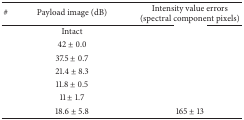
<table><thead><tr><td><b>#</b></td><td><b>Payload image (dB)</b></td><td><b>Intensity value errors (spectral component pixels)</b></td></tr></thead><tbody><tr><td>[EMPTY_CELL]</td><td>Intact</td><td>[EMPTY_CELL]</td></tr><tr><td>[EMPTY_CELL]</td><td>42 ± 0.0</td><td>[EMPTY_CELL]</td></tr><tr><td>[EMPTY_CELL]</td><td>37.5 ± 0.7</td><td>[EMPTY_CELL]</td></tr><tr><td>[EMPTY_CELL]</td><td>21.4 ± 8.3</td><td>[EMPTY_CELL]</td></tr><tr><td>[EMPTY_CELL]</td><td>11.8 ± 0.5</td><td>[EMPTY_CELL]</td></tr><tr><td>[EMPTY_CELL]</td><td>11 ± 1.7</td><td>[EMPTY_CELL]</td></tr><tr><td>[EMPTY_CELL]</td><td>18.6 ± 5.8</td><td>165 ± 13</td></tr></tbody></table>